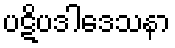
ပဋိပဒါဒေသနာ